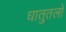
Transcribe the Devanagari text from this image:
धातुतलों